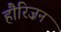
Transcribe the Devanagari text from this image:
हौरिज़न